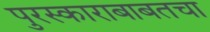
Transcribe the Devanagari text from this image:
पुरस्काराबाबतचा